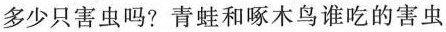
多少只害虫吗?青蛙和啄木鸟谁吃的害虫